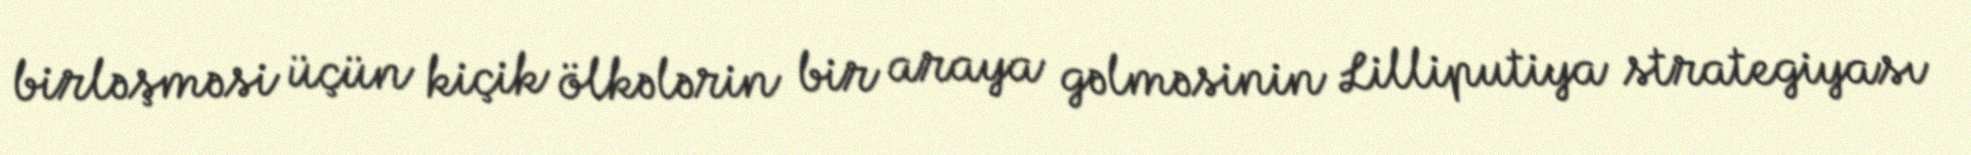
birləşməsi üçün kiçik ölkələrin bir araya gəlməsinin Lilliputiya strategiyası